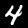
Digit: 4